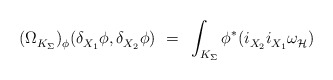
\begin{align*} (\Omega_{K_\Sigma}^{})_\phi^{}(\delta_{X_1}^{} \phi,\delta_{X_2}^{} \phi)~ =~\int_{K_\Sigma} \phi^* (i_{X_2}^{} i_{X_1}^{} \omega_{\mathcal{H}}^{\vphantom{j}})\end{align*}